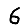
Digit: 6